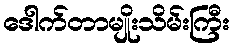
ဒေါက်တာမျိုးသိမ်းကြီး